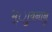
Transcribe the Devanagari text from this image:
भ्ाुवनानु